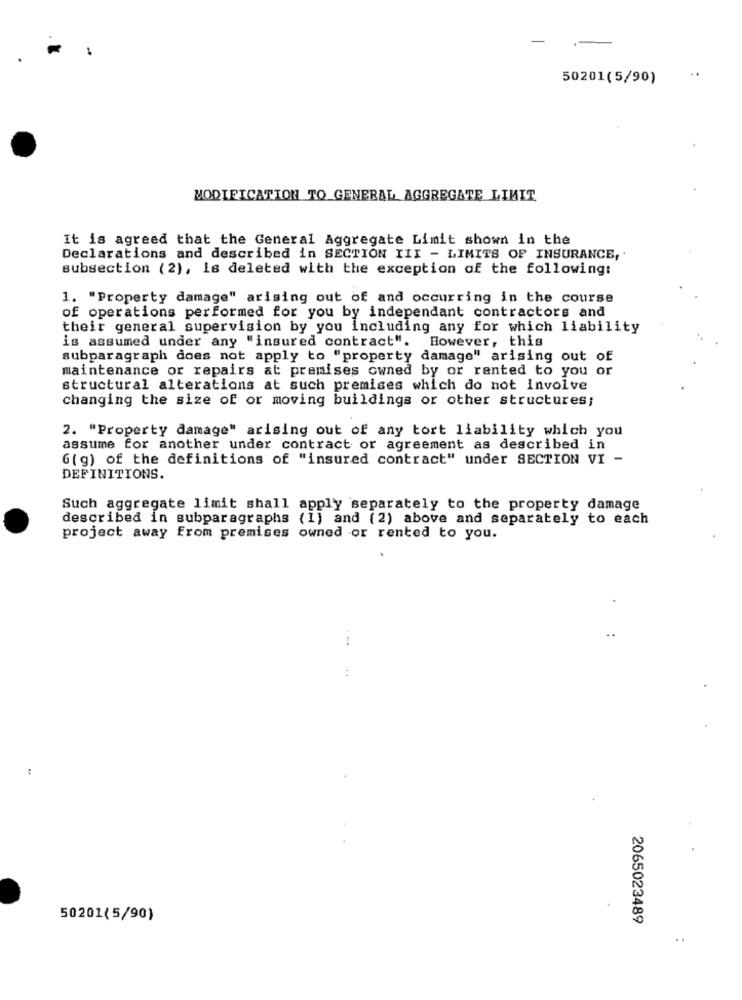
..
50201(5/90)
MODIFICATION TO GENERAL AGGREGATE LIMIT
It is agreed that the General Aggregate Limit shown in the
Declarations and described in SECTION III - LIMITS OF INSURANCE,
subsection (2), is deleted with the exception of the following:
1. "Property damage" arising out of and occurring in the course
of operations performed for you by independant contractors and
their general supervision by you including any for which liability
is assumed under any "insured contract". However, this
subparagraph does not apply to "property damage" arising out of
maintenance or repairs at premises owned by or ranted to you or
structural alterations at such premises which do not involve
changing the size of or moving buildings or other structures;
2. "Property damage" arising out of any tort liability which you
assume for another under contract or agreement as described in
G (g) of the definitions of "insured contract" under SECTION VI -
DEFINITIONS.
Such aggregate limit shall apply separately to the property damage
described in subparagraphs (1) and (2) above and separately to each
project away From premises owned or rented to you.
:
..
50201(5/90)
2065023489
. .